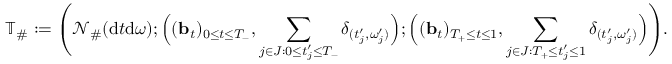
\mathbb { T } _ { \# } : = \Bigg ( \mathcal { N } _ { \# } ( \mathrm { d } t \mathrm { d } \omega ) ; \Big ( ( \mathbf { b } _ { t } ) _ { 0 \leq t \leq T _ { - } } , \sum _ { j \in J : 0 \leq t _ { j } ^ { \prime } \leq T _ { - } } \delta _ { ( t _ { j } ^ { \prime } , \omega _ { j } ^ { \prime } ) } \Big ) ; \Big ( ( \mathbf { b } _ { t } ) _ { T _ { + } \leq t \leq 1 } , \sum _ { j \in J : T _ { + } \leq t _ { j } ^ { \prime } \leq 1 } \delta _ { ( t _ { j } ^ { \prime } , \omega _ { j } ^ { \prime } ) } \Big ) \Bigg ) .